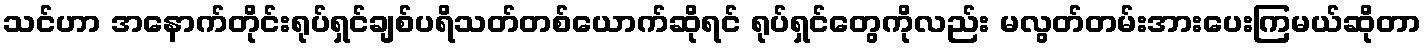
သင်ဟာ အနောက်တိုင်းရုပ်ရှင်ချစ်ပရိသတ်တစ်ယောက်ဆိုရင် ရုပ်ရှင်တွေကိုလည်း မလွတ်တမ်းအားပေးကြမယ်ဆိုတာ